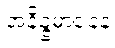
အနိဉ္ဇမာနေန